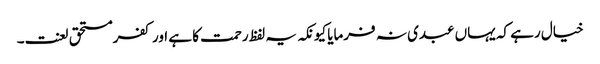
خیال رہے کہ یہاں عبدی نہ فرمایا کیونکہ یہ لفظ رحمت کا ہے اور کفرمستحق لعنت۔